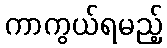
ကာကွယ်ရမည့်